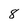
Character: 8